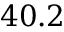
4 0 . 2